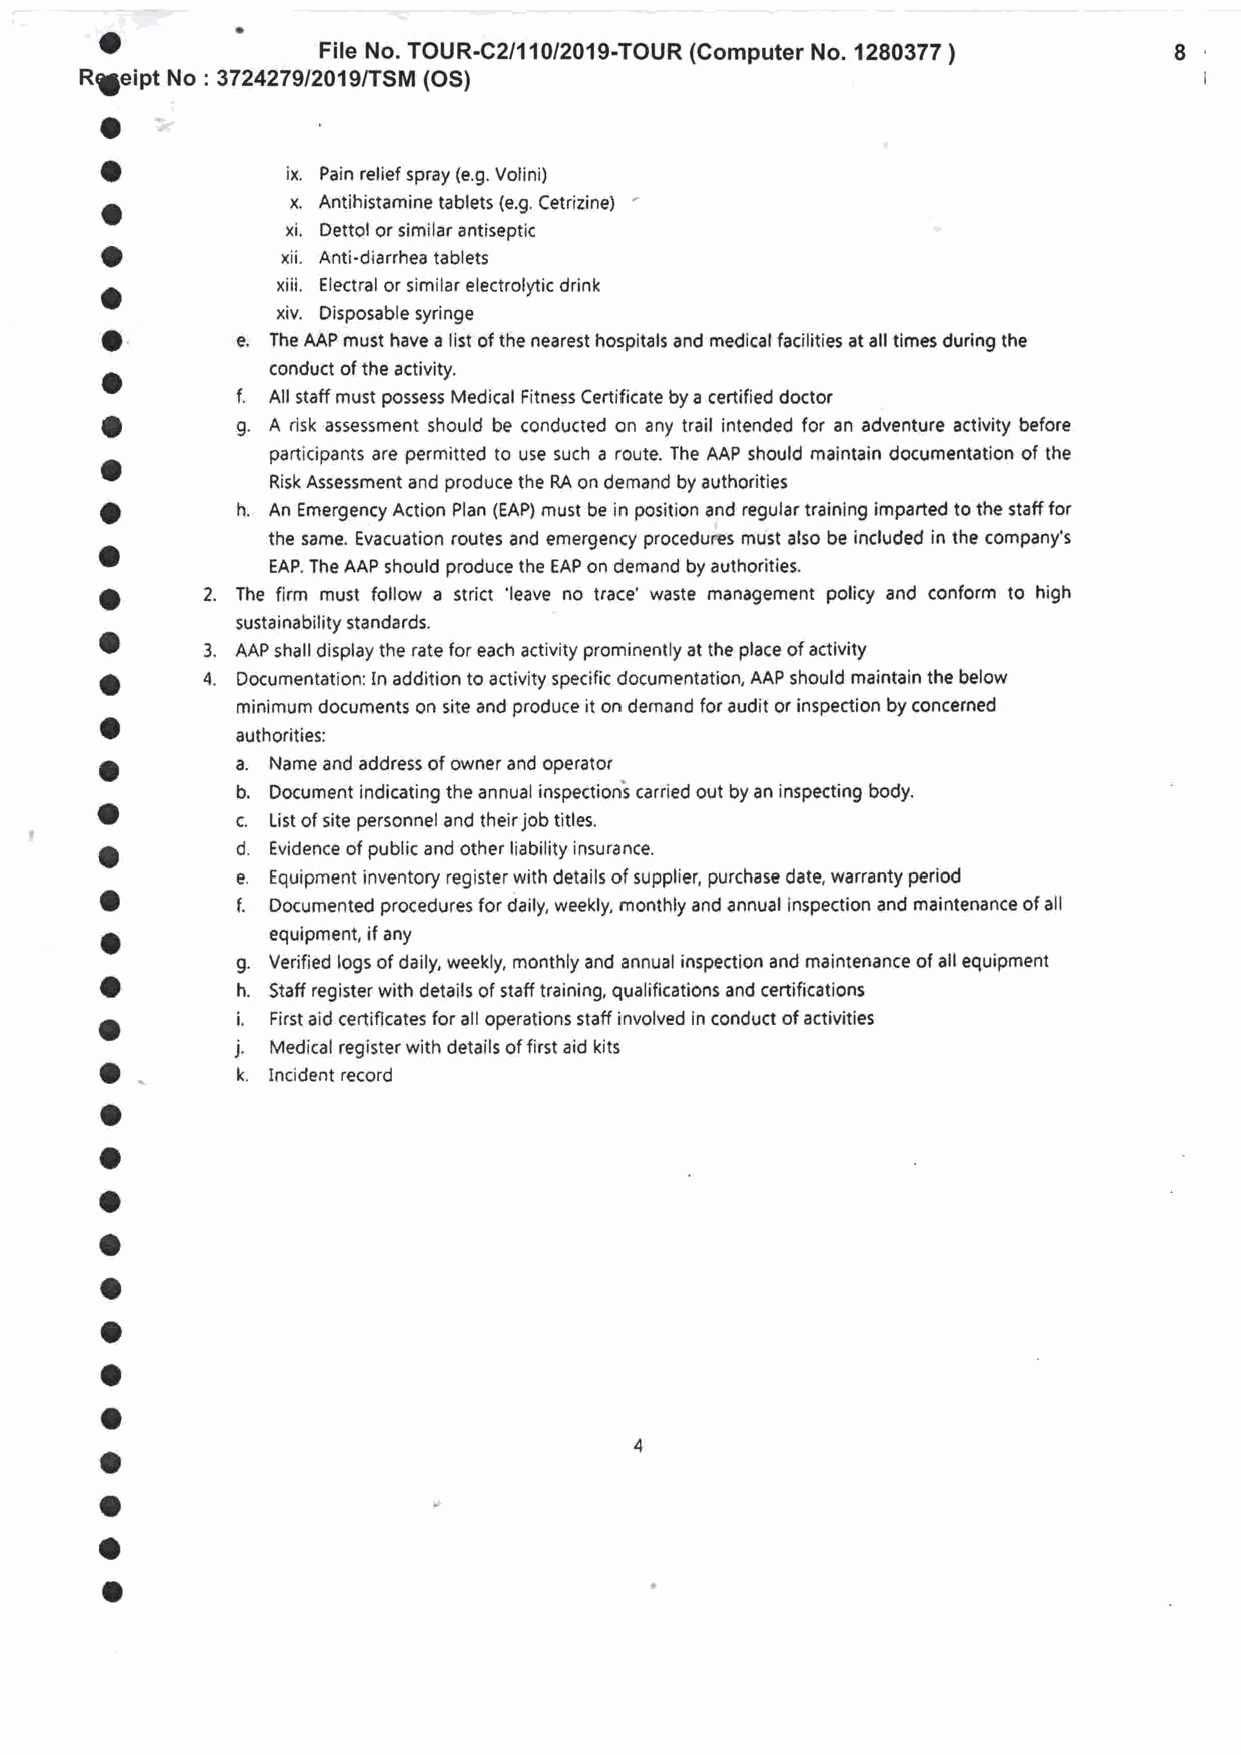
o'
 File No. TOUR-C2/11012019-TOUR (Computer No. 1280377 )   8
 Rleipt
 No : 3724279/2019/TSM (OS)
 I
 o
 O           ix. Pain relief spray (e,g. Votini)
 O           x. Antihistamine tablets (e.9, Cetrizine) '
 xi. Dettol or similar antiseptic
 O           xii. Anti-diarrhea tablets
 O          xiii. Electral or similar electrolytic drink
 xiv. Disposable syringe
 O        e. The MP must have a list of the nearest hospitals and medical facilities at all times during the
 conduct of the activity.
 t
 f.
 All staff must possess Medical Fitness Certificate by a certified doctor
 a        g. A risk assessment should be conducted on any trail intended for an adventure activity before
 participants are permitted to use such a route. The AAP should maintain documentation of the
 Risk Assessment and produce the RA on demand by authorities
 '
 O        h. An Emergency Action Plan (EAP) must be in position and regular training imparted to the staff for
 ^          the same. Evacuation routes and emergency procedures must also be included in the company's
 O
 EAP. The AAP should produce the EAP on demand by authorities.
 O      2. The firm must follow a strict 'leave no trace' waste rnanagement policy and conform to high
 sustainability standards.
 O
 3. AAP shall display the rate for each activity prominently at the place of activity
 4.
 O        Documentation: In addition to activity specific documentation, AAP should maintain the below
 rninimum documents on site and produce it on demand for audit or inspection by concerned
 a
 authorities:
 a.
 O          Name and address of owner and operator
 -
 b.
 Docurnent indicating the annual inspectioni carried out by an inspecting body.
 O         c.
 List of site personnel and their job titles.
 d.
 a          Evidence of public and other liability insurance.
 e.
 Equipment inventory register with details of supplier, purchase date, warranty period
 a        f.
 Documented procedures for daily, weekly, monthly and annual inspection and maintenance of all
 O          eouioment, if anv
 g.
 Verified logs of daily, weekly, monthly and annual inspection and maintenance of all equipment
 O        h.
 Staff register with details of statf training, qualifications and certifications
 i,
 a          First aid certificates for all operations statf involved in conduct of activities
 j.
 Medical register with details of first aid kits
 O *      k.
 Incident record
 o
 o
 o
 o
 o
 o
 a
 o
 o
 o
 o
 o